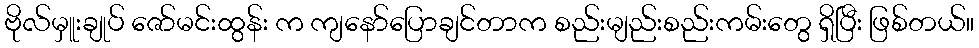
ဗိုလ်မှူးချုပ် ဇော်မင်းထွန်း က ကျနော်ပြောချင်တာက စည်းမျည်းစည်းကမ်းတွေ ရှိပြီး ဖြစ်တယ်။